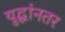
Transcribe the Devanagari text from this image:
युद्धांनतर